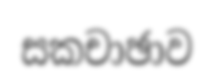
සකචාඡාව